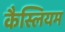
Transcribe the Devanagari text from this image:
कैस्लियम